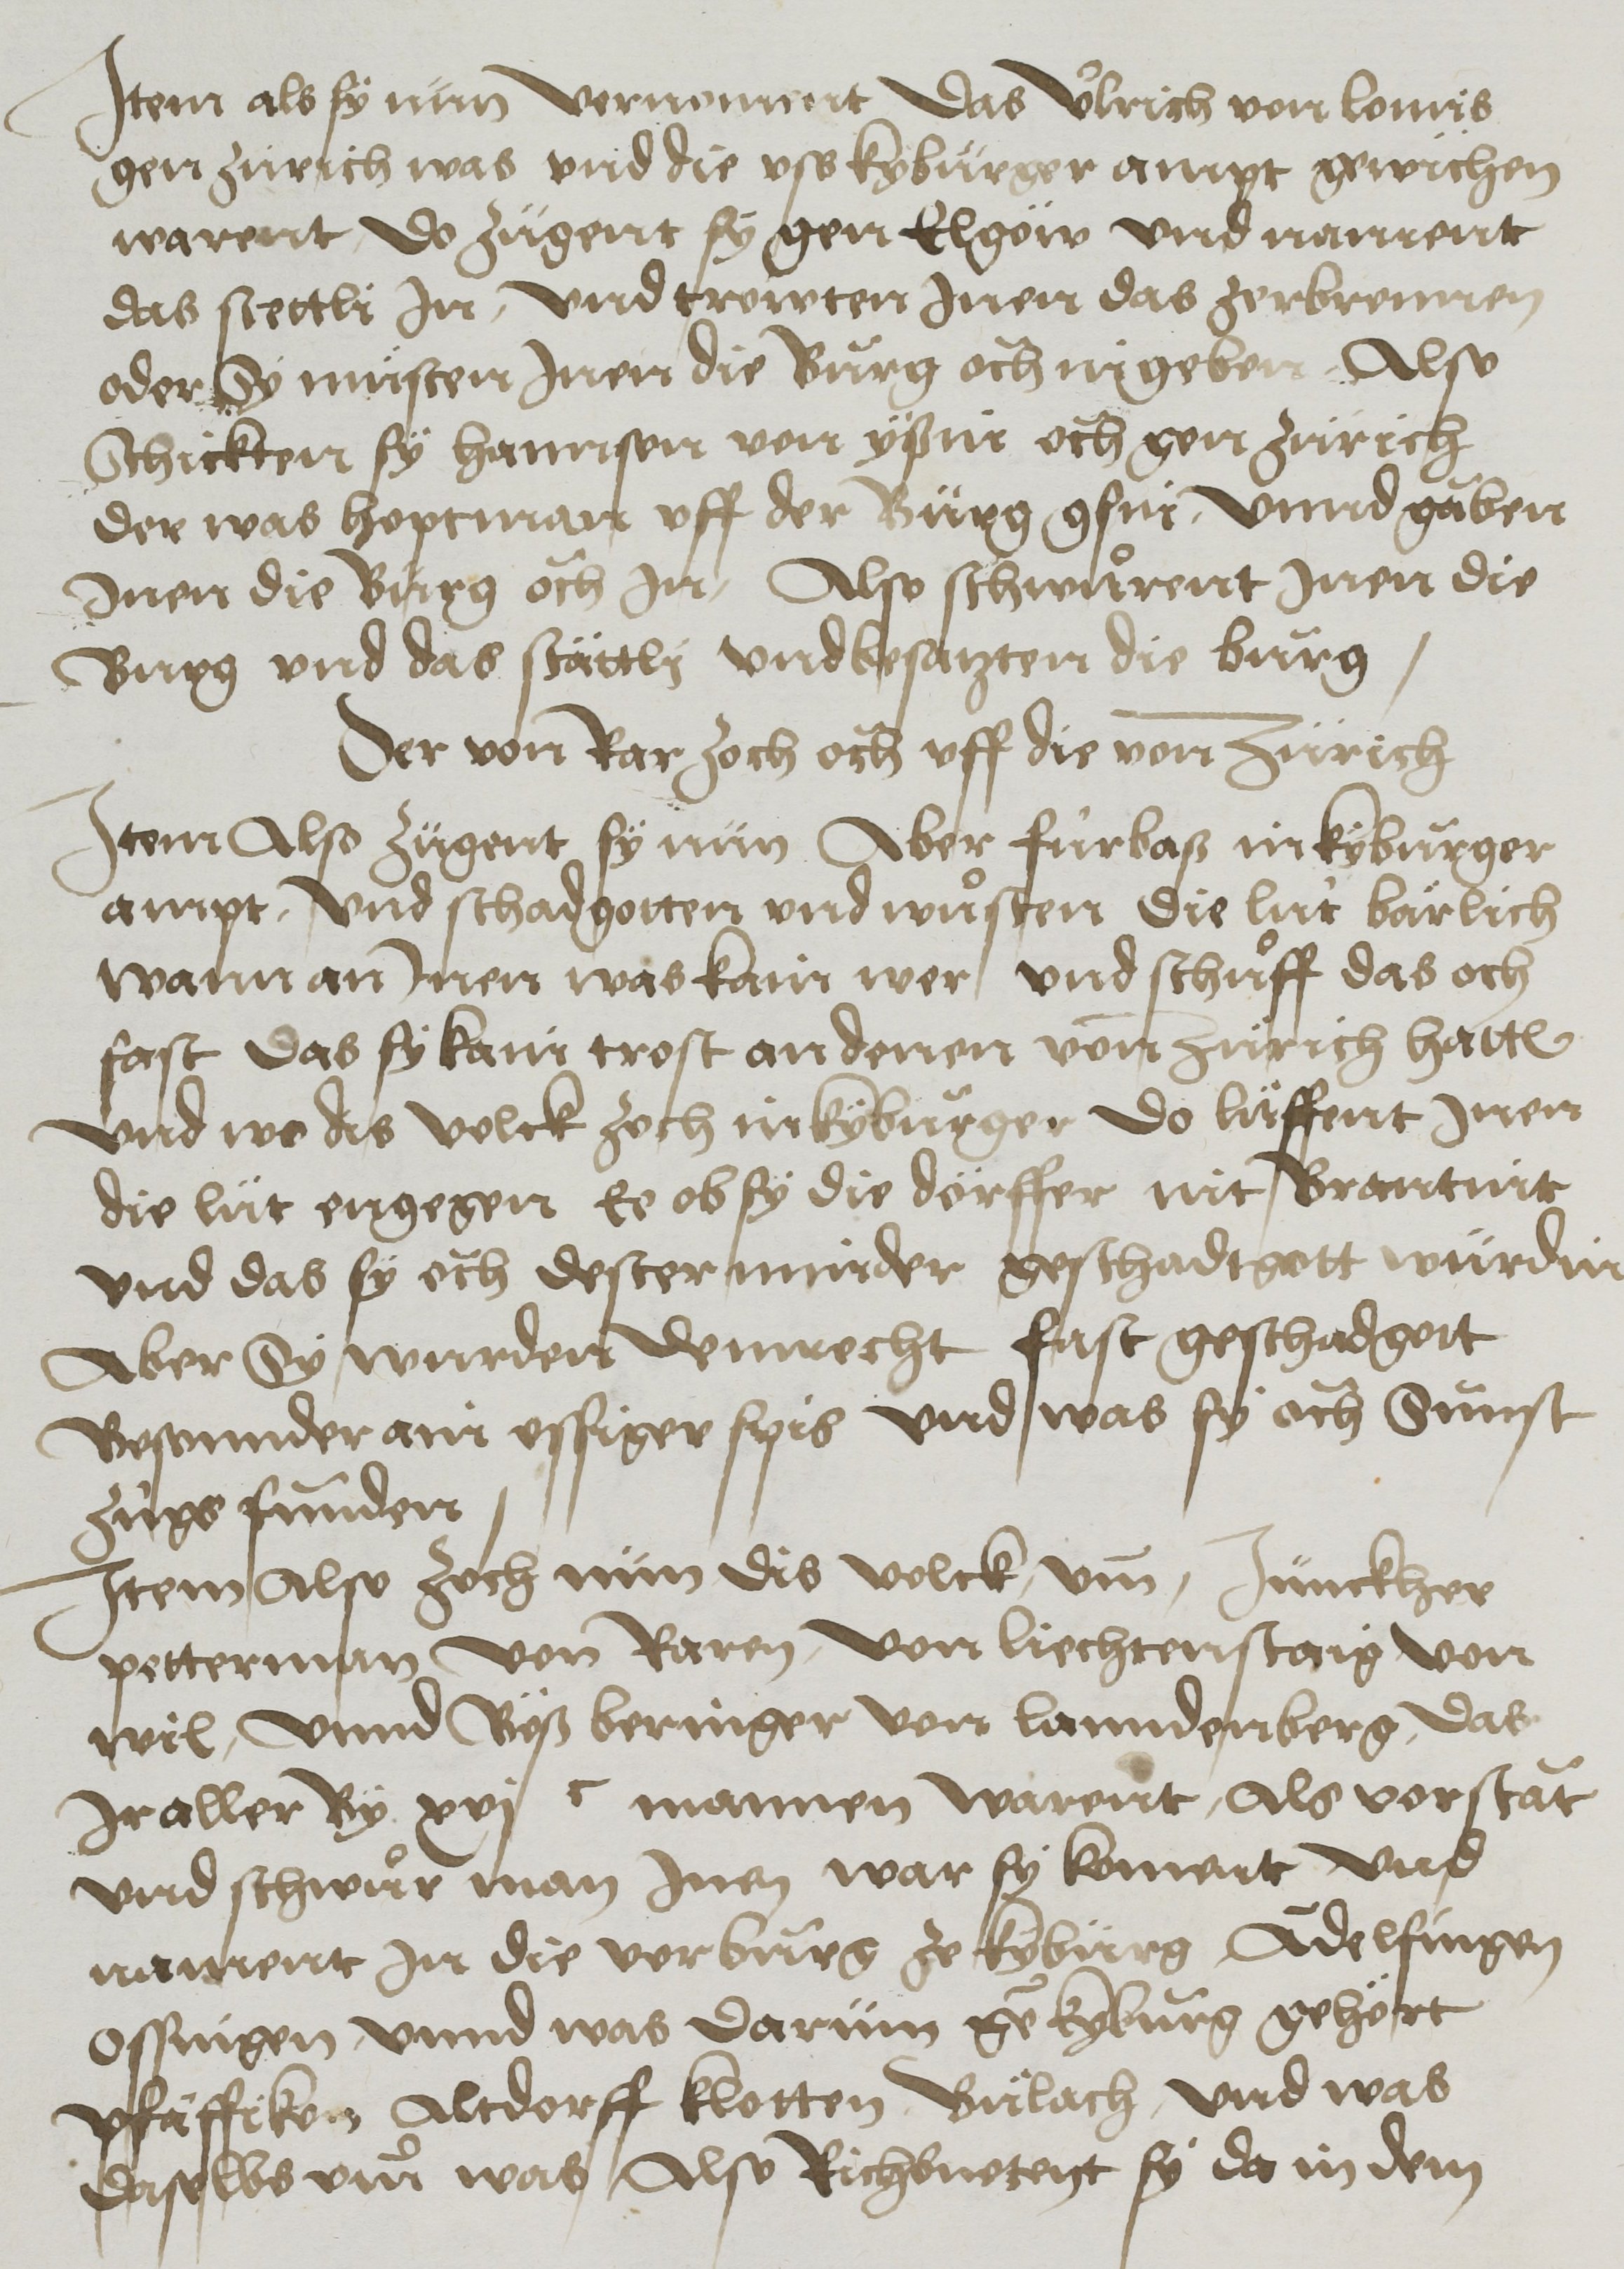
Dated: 1450–1599